Annual report on the health of the army in India
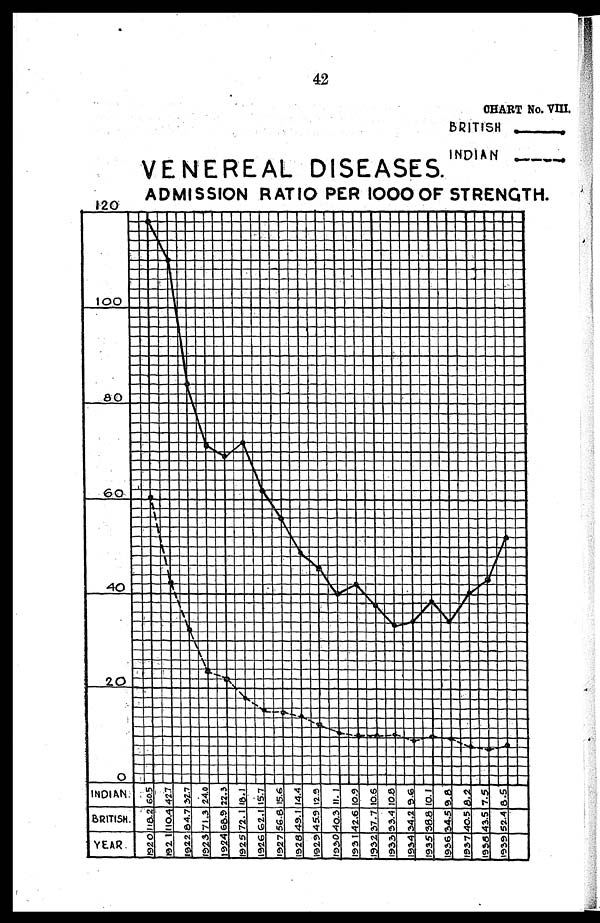
42
CHART No. VIII.
BRITISH—
INDIAN—
VENEREAL DISEASES.
ADMISSION RATIO PER 1000 OF STRENGTH.
INDIAN.
BRITISH.
YEAR.